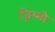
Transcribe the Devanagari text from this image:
ज़िम्मी